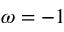
\omega = - 1